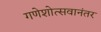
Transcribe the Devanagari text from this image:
गणेशोत्सवानंतर